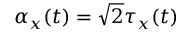
\alpha _ { x } ( t ) = \sqrt { 2 } \tau _ { x } ( t )